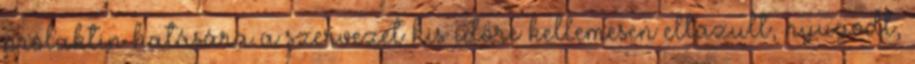
prolaktin hatására a szervezet kis időre kellemesen ellazult, nyugodt,